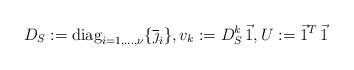
LaTeX: \begin{align*}D_S:=\mbox{diag}_{i=1,\dots, \nu} \{\overline{\jmath}_i\}, v_k:=D_S^k\, \vec{1}, U:=\vec{1}^T\,\vec{1}\end{align*}